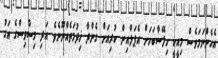
އެހެންނަމަވެސް މިއީކީ ހިލޭސާބަހަށް އެޕަލްއިން ކުރިއަށް ގެންދާ ޚިދުމަތެއްނޫނެވެ. އަދި މިސާވިސްގެ އަގު